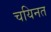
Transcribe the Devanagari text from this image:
चयिनत